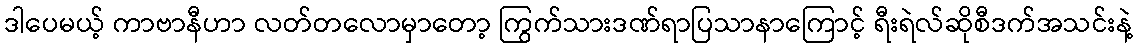
ဒါပေမယ့် ကာဗာနီဟာ လတ်တလောမှာတော့ ကြွက်သားဒဏ်ရာပြသာနာကြောင့် ရီးရဲလ်ဆိုစီဒက်အသင်းနဲ့